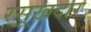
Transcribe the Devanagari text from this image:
रसूख़दार